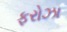
ફરોઝા